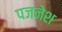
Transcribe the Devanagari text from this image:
पजनेश